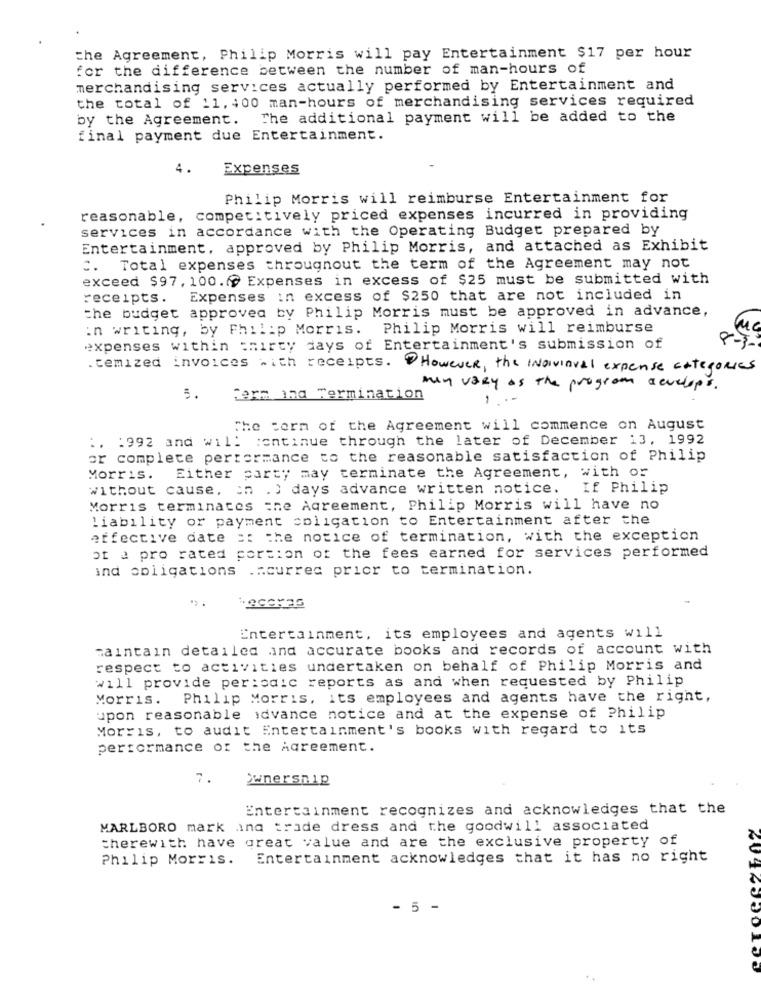
the Agreement, Philip Morris will pay Entertainment $17 per hour
for the difference between the number of man-hours of
merchandising services actually performed by Entertainment and
the total of 11, 400 man-hours of merchandising services required
by the Agreement. The additional payment will be added to the
final payment due Entertainment.
4.
Expenses
Philip Morris will reimburse Entertainment for
reasonable, competitively priced expenses incurred in providing
services in accordance with the Operating Budget prepared by
Entertainment, approved by Philip Morris, and attached as Exhibit
C. Total expenses throughout the term of the Agreement may not
exceed $97, 100.( Expenses in excess of $25 must be submitted with
receipts. Expenses in excess of $250 that are not included in
the budget approved by Philip Morris must be approved in advance,
in writing, by Philip Morris.
Philip Morris will reimburse
expenses within thirty days of Entertainment's submission of
.cemized Invoices with receipts. However, the INDIvioval expense EntegoRies
may vary as The program develops.
5.
term ind Termination
1
.-
The Form of the Agreement will commence on August
:. : 992 and will continue through the later of December 13, 1992
or complete performance to the reasonable satisfaction of Philip
Morris.
Either party may terminate the Agreement, with or
without cause, on .) days advance written notice. If Philip
Morris terminates =ne Agreement, Philip Morris will have no
Liability or payment obligation to Entertainment after the
effective date :: the notice of termination, with the exception
ot a pro rated portion of the fees earned for services performed
ind obligations .Acurred prior to termination.
. .
Entertainment, its employees and agents will
maintain detailed and accurate books and records of account with
respect to activities undertaken on behalf of Philip Morris and
will provide periodic reports as and when requested by Philip
Morris. Philip Morris, its employees and agents have the right,
upon reasonable advance notice and at the expense of Philip
Morris, to audit Entertainment's books with regard to its
performance of the Agreement.
7.
Ownership
Entertainment recognizes and acknowledges that the
MARLBORO mark and trade dress and the goodwill associated
therewith have great value and are the exclusive property of
Philip Morris. Entertainment acknowledges that it has no right
- 5 -
..